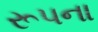
રૂપના